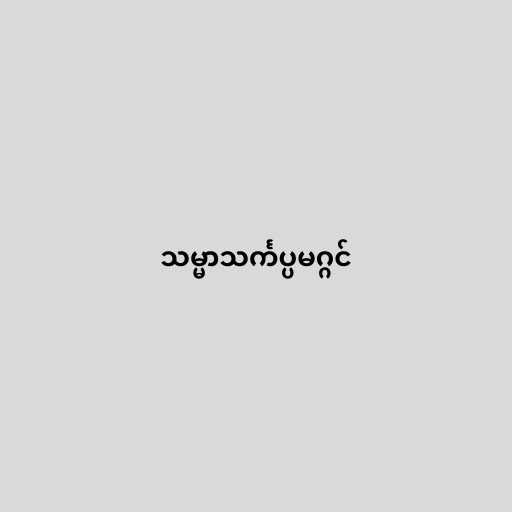
သမ္မာသင်္ကပ္ပမဂ္ဂင်